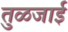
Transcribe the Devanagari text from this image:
तुळजाई